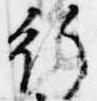
行